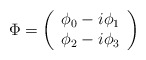
\begin{align*}\Phi = \left( \begin{array}{c} \phi_0-i \phi_1 \cr \phi_2-i \phi_3 \cr \end{array} \right)\end{align*}